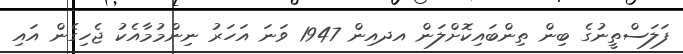
ފަލަސްތީނުގެ ބިން ތިންބައިކޮށްލަން އދއިން 1947 ވަނަ އަހަރު ނިންމުމާއެކު ޖެހިގެން އައި